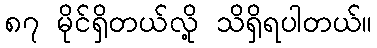
၈၇ မိုင်ရှိတယ်လို့ သိရှိရပါတယ်။